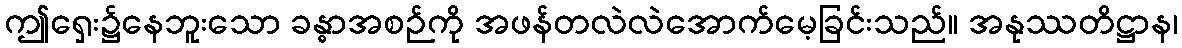
ဤရှေး၌နေဘူးသော ခန္ဓာအစဉ်ကို အဖန်တလဲလဲအောက်မေ့ခြင်းသည်။ အနုဿတိဋ္ဌာန၊